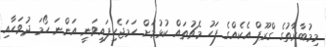
މިމުބާރާތުގެ ގްރޫޕް އެކެއްގެ ފަހު މެޗުތައް ކުޅުމަށް ހަމަޖެހިފައިވަނީ އަންނަ ހޯމަ ދުވަހާއި